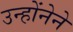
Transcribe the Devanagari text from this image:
उन्होंनेने